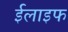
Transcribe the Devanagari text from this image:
ईलाइफ